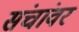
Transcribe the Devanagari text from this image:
संचांवर